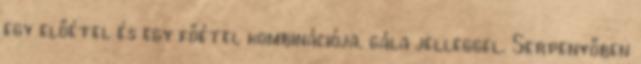
egy előétel és egy főétel kombinációja, gála jelleggel. Serpenyőben